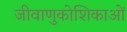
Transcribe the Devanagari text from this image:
जीवाणुकोशिकाओं